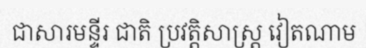
ជាសារមន្ទីរ ជាតិ ប្រវត្តិសាស្ត្រ វៀតណាម